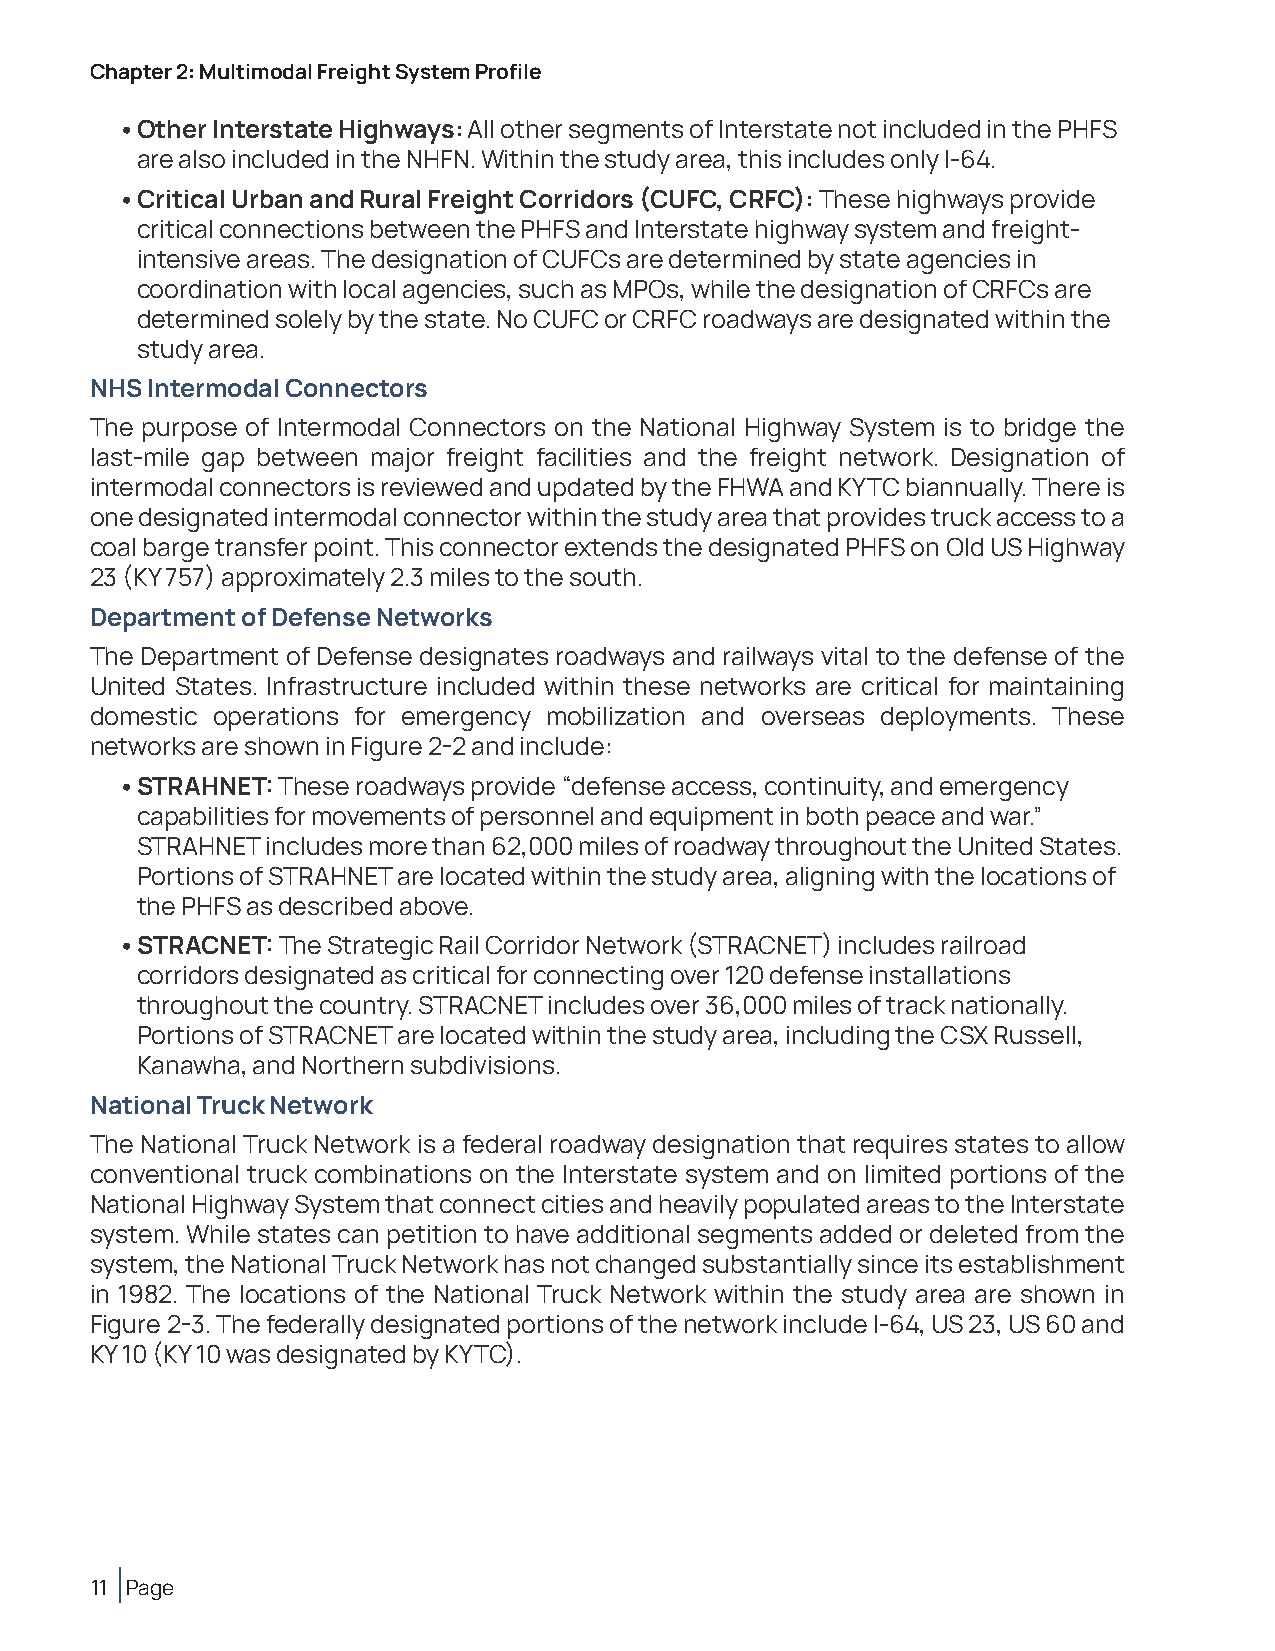
Chapter 2: Multimodal Freight System Profile
 • Other Interstate Highways: All other segments of Interstate not included in the PHFS
 are also included in the NHFN. Within the study area, this includes only I-64.
 • Critical Urban and Rural Freight Corridors (CUFC, CRFC): These highways provide
 critical connections between the PHFS and Interstate highway system and freight-
 intensive areas. The designation of CUFCs are determined by state agencies in
 coordination with local agencies, such as MPOs, while the designation of CRFCs are
 determined solely by the state. No CUFC or CRFC roadways are designated within the
 study area.
 NHS Intermodal Connectors
 The purpose of Intermodal Connectors on the National Highway System is to bridge the
 last-mile gap between major freight facilities and the freight network. Designation of
 intermodal connectors is reviewed and updated by the FHWA and KYTC biannually. There is
 one designated intermodal connector within the study area that provides truck access to a
 coal barge transfer point. This connector extends the designated PHFS on Old US Highway
 23 (KY 757) approximately 2.3 miles to the south.
 Department of Defense Networks
 The Department of Defense designates roadways and railways vital to the defense of the
 United States. Infrastructure included within these networks are critical for maintaining
 domestic operations for emergency mobilization and overseas deployments. These
 networks are shown in Figure 2-2 and include:
 • STRAHNET: These roadways provide “defense access, continuity, and emergency
 capabilities for movements of personnel and equipment in both peace and war.”
 STRAHNET includes more than 62,000 miles of roadway throughout the United States.
 Portions of STRAHNET are located within the study area, aligning with the locations of
 the PHFS as described above.
 • STRACNET: The Strategic Rail Corridor Network (STRACNET) includes railroad
 corridors designated as critical for connecting over 120 defense installations
 throughout the country. STRACNET includes over 36,000 miles of track nationally.
 Portions of STRACNET are located within the study area, including the CSX Russell,
 Kanawha, and Northern subdivisions.
 National Truck Network
 The National Truck Network is a federal roadway designation that requires states to allow
 conventional truck combinations on the Interstate system and on limited portions of the
 National Highway System that connect cities and heavily populated areas to the Interstate
 system. While states can petition to have additional segments added or deleted from the
 system, the National Truck Network has not changed substantially since its establishment
 in 1982. The locations of the National Truck Network within the study area are shown in
 Figure 2-3. The federally designated portions of the network include I-64, US 23, US 60 and
 KY 10 (KY 10 was designated by KYTC).
 11 Page